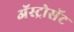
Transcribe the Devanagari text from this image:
अॅस्ट्रोसॅट